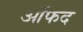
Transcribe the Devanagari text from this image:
ऑफद